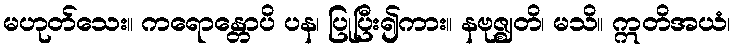
မဟုတ်သေး။ ကရောန္တောပိ ပန၊ ပြုပြီး၍ကား။ နဗုဇ္ဈတိ၊ မသိ။ ဣတိအယံ၊